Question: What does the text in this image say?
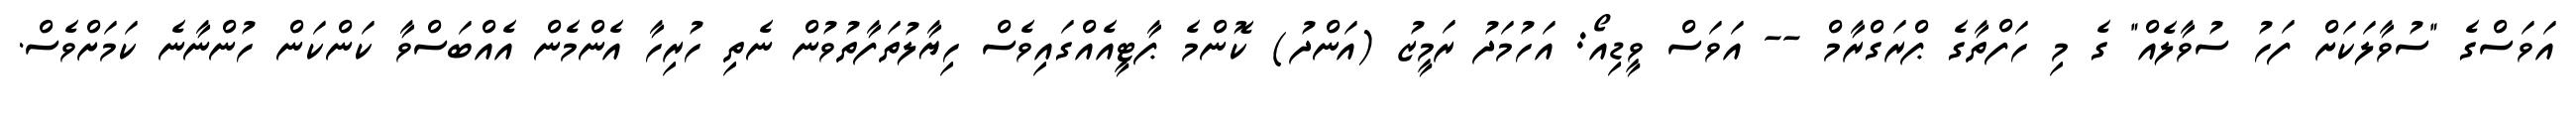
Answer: އަވަސްގެ "ސުވާލަކަށް ފަހު ސުވާލެއް" ގެ މި ހަފްތާގެ ޕްރަގްރާމް -- އަވަސް ވީޑިއޯ: އަހުމަދު ރަމީޒު (އަންދު) ކޮންމެ ޕާޓީއެއްގައިވެސް ހިޔާލުތަފާތުވުން ނެތި ހުރިހާ އެންމެން އެއްބަސްވާ ކަންކަން ހުންނާނެ ކަމަށްވެސް.